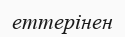
еттерінен